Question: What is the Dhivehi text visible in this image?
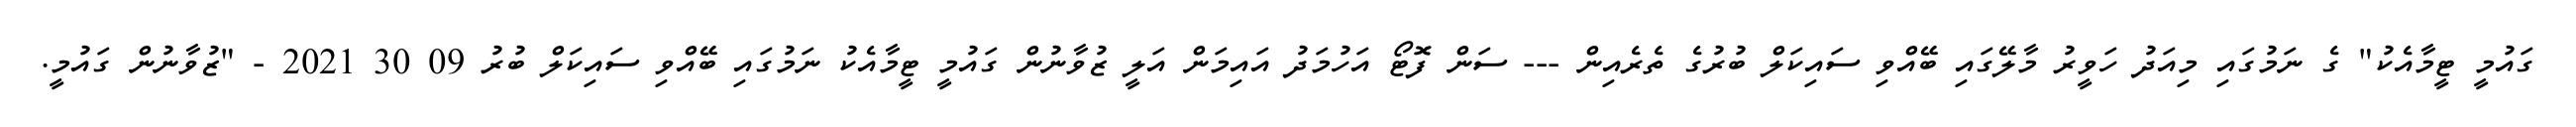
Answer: ގައުމީ ޓީމާއެކު" ގެ ނަމުގައި މިއަދު ހަވީރު މާލޭގައި ބޭއްވި ސައިކަލް ބުރުގެ ތެރެއިން --- ސަން ފޮޓޯ އަހުމަދު އައިމަން އަލީ ޒުވާނުން ގައުމީ ޓީމާއެކު ނަމުގައި ބޭއްވި ސައިކަލް ބުރު 09 30 2021 - "ޒުވާނުން ގައުމީ.